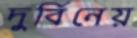
দুর্বিনেয়